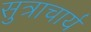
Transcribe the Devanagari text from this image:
सुत्राचार्य